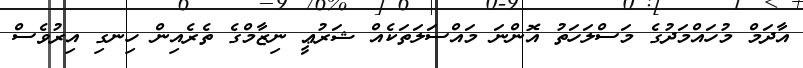
އާދަމް މުހައްމަދުގެ މަސްލަހަތު އޮންނަ މައްސަލަތަކެއް ޝަރުޢީ ނިޒާމްގެ ތެރެއިން ހިނގި އިރުވެސް